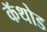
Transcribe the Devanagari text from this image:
कॅथोड